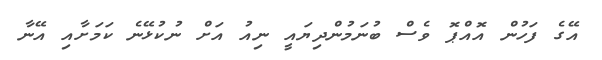
އޭގެ ފަހުން އޮއްޕޮ ވެސް ބުނަމުންދިޔައީ ނިއު އަށް ނުކުޅޭނެ ކަމަށާއި އޭނާ